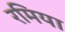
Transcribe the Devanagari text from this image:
रमिया